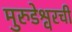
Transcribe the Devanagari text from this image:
मुरुडेश्वरची